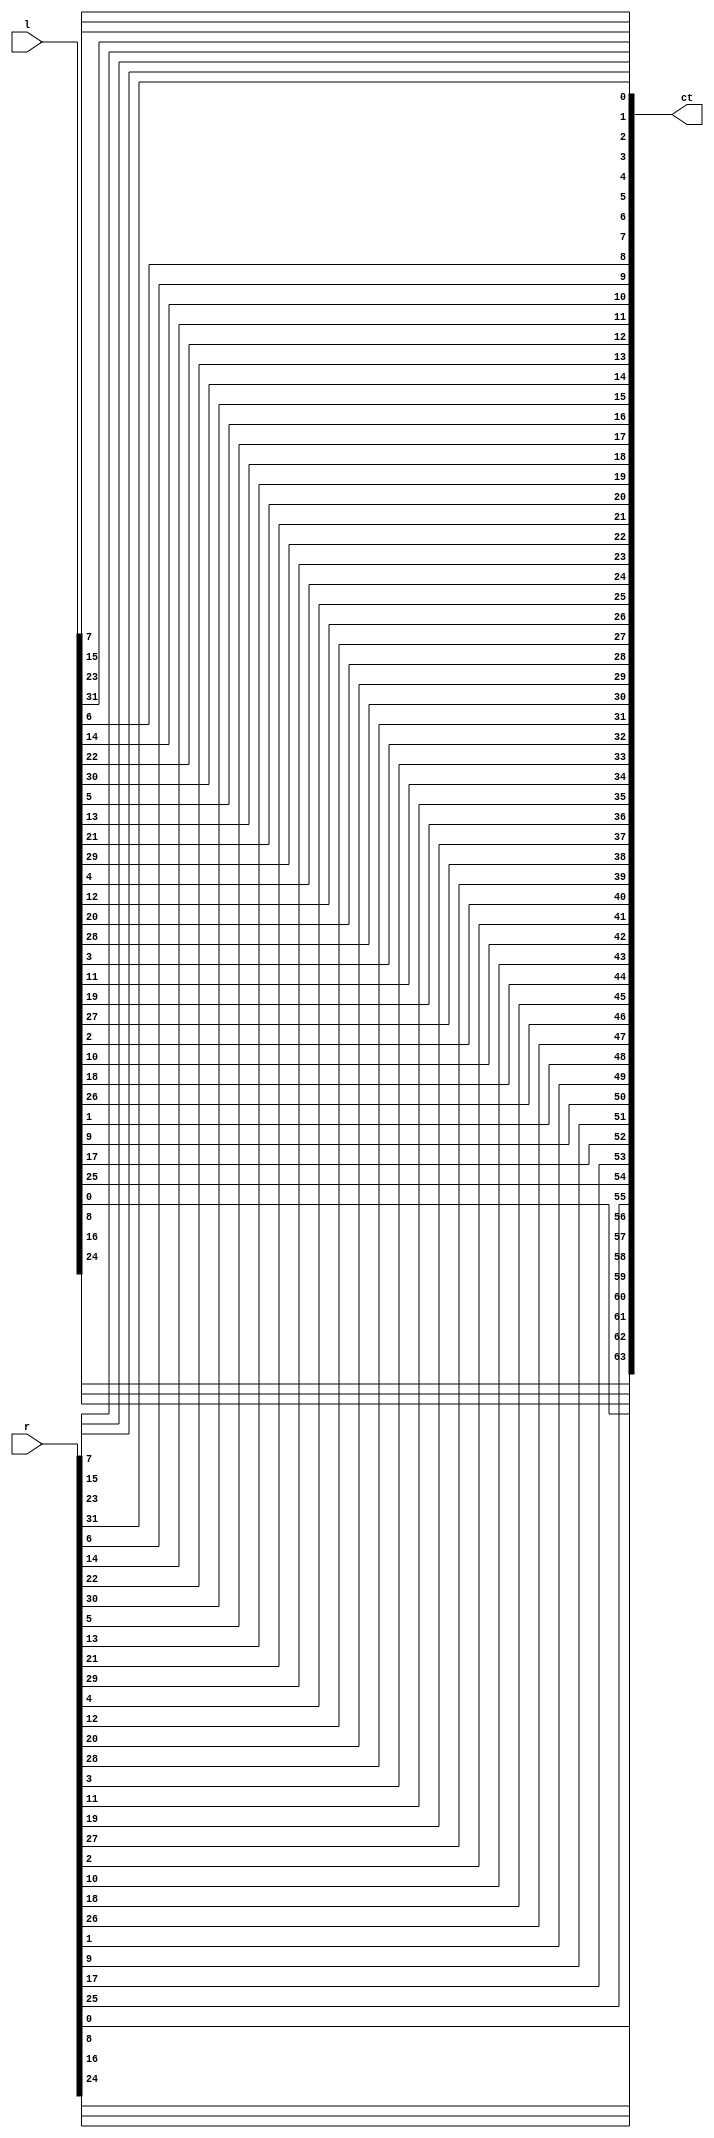
module fp(l,r,ct);
input 	[1:32] l,r;
output	[1:64] ct;
	assign ct[1]=r[8];	assign ct[2]=l[8];	assign ct[3]=r[16];	assign ct[4]=l[16];	assign ct[5]=r[24];	assign ct[6]=l[24];	assign ct[7]=r[32];	assign ct[8]=l[32];
	assign ct[9]=r[7];	assign ct[10]=l[7];	assign ct[11]=r[15];	assign ct[12]=l[15];	assign ct[13]=r[23];	assign ct[14]=l[23];	assign ct[15]=r[31];	assign ct[16]=l[31];
	assign ct[17]=r[6];	assign ct[18]=l[6];	assign ct[19]=r[14];	assign ct[20]=l[14];	assign ct[21]=r[22];	assign ct[22]=l[22];	assign ct[23]=r[30];	assign ct[24]=l[30];
	assign ct[25]=r[5];	assign ct[26]=l[5];	assign ct[27]=r[13];	assign ct[28]=l[13];	assign ct[29]=r[21];	assign ct[30]=l[21];	assign ct[31]=r[29];	assign ct[32]=l[29];
	assign ct[33]=r[4];	assign ct[34]=l[4];	assign ct[35]=r[12];	assign ct[36]=l[12];	assign ct[37]=r[20];	assign ct[38]=l[20];	assign ct[39]=r[28];	assign ct[40]=l[28];
	assign ct[41]=r[3];	assign ct[42]=l[3];	assign ct[43]=r[11];	assign ct[44]=l[11];	assign ct[45]=r[19];	assign ct[46]=l[19];	assign ct[47]=r[27];	assign ct[48]=l[27];
	assign ct[49]=r[2];	assign ct[50]=l[2];	assign ct[51]=r[10];	assign ct[52]=l[10];	assign ct[53]=r[18];	assign ct[54]=l[18];	assign ct[55]=r[26];	assign ct[56]=l[26];
	assign ct[57]=r[1];	assign ct[58]=l[1];	assign ct[59]=r[9];	assign ct[60]=l[9];	assign ct[61]=r[17];	assign ct[62]=l[17];	assign ct[63]=r[25];	assign ct[64]=l[25];
endmodule